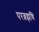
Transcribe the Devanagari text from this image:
परब्रह्मणि